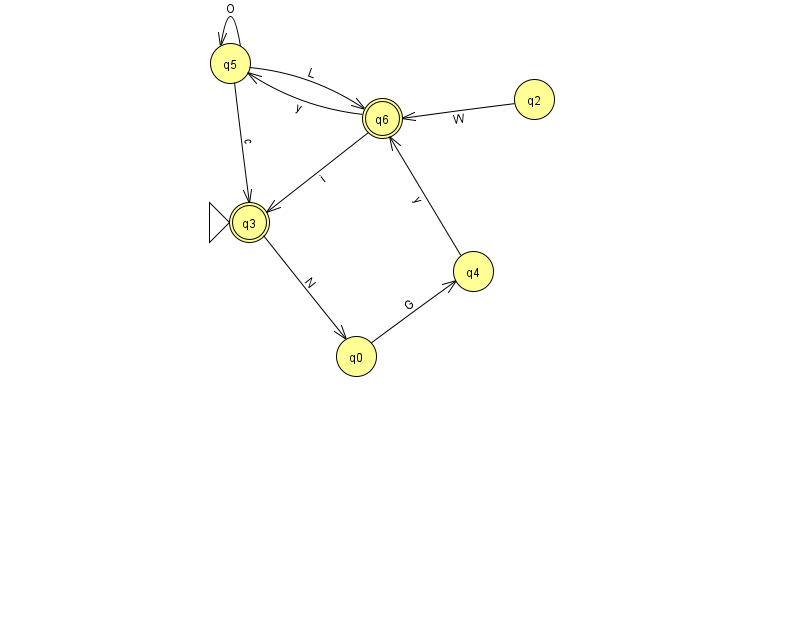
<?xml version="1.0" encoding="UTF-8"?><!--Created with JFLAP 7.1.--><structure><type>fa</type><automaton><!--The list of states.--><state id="0" name="q0"><x>356.0</x><y>343.0</y></state><state id="2" name="q2"><x>534.0</x><y>86.0</y></state><state id="3" name="q3"><x>249.0</x><y>209.0</y><initial/><final/></state><state id="4" name="q4"><x>473.0</x><y>258.0</y></state><state id="5" name="q5"><x>230.0</x><y>50.0</y></state><state id="6" name="q6"><x>382.0</x><y>105.0</y><final/></state><!--The list of transitions.--><transition><from>5</from><to>6</to><read>L</read></transition><transition><from>6</from><to>5</to><read>y</read></transition><transition><from>3</from><to>0</to><read>N</read></transition><transition><from>2</from><to>6</to><read>W</read></transition><transition><from>5</from><to>3</to><read>c</read></transition><transition><from>0</from><to>4</to><read>G</read></transition><transition><from>4</from><to>6</to><read>y</read></transition><transition><from>6</from><to>3</to><read>i</read></transition><transition><from>5</from><to>5</to><read>O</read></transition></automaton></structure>